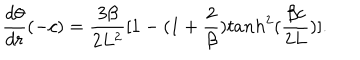
{ \frac { d \theta } { d r } } ( - c ) = { \frac { 3 \beta } { 2 L ^ { 2 } } } [ 1 - ( 1 + { \frac { 2 } { \beta } } ) t a n h ^ { 2 } ( { \frac { \beta c } { 2 L } } ) ] .